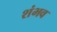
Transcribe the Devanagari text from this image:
शंभव